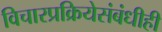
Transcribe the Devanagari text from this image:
विचारप्रक्रियेसंबंधीही